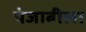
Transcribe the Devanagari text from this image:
पंजाबीला